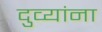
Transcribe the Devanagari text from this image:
दुव्यांना